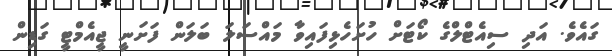
ގައެވެ. އަދި ސިއެޓްލްގެ ކޯޓަށް ހުށަހެޅިފައިވާ މައްސަލަ ބަލަން ފަށަނީ ޖީއެމްޓީ ގަޑިން